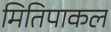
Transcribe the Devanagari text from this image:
मितिपाकल